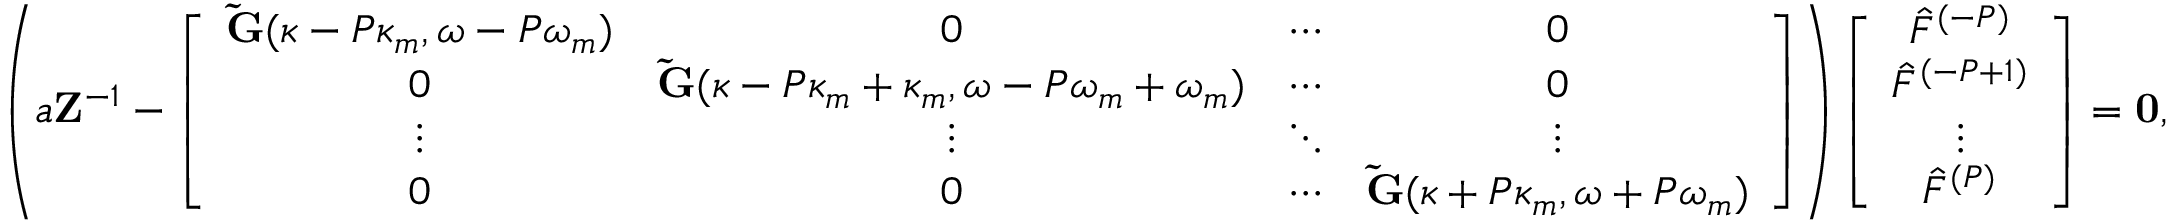
\left( a \mathbf { Z } ^ { - 1 } - \left[ \begin{array} { c c c c } { \mathbf { \tilde { G } } ( \kappa - P \kappa _ { m } , \omega - P \omega _ { m } ) } & { 0 } & { \cdots } & { 0 } \\ { 0 } & { \mathbf { \tilde { G } } ( \kappa - P \kappa _ { m } + \kappa _ { m } , \omega - P \omega _ { m } + \omega _ { m } ) } & { \cdots } & { 0 } \\ { \vdots } & { \vdots } & { \ddots } & { \vdots } \\ { 0 } & { 0 } & { \cdots } & { \mathbf { \tilde { G } } ( \kappa + P \kappa _ { m } , \omega + P \omega _ { m } ) } \end{array} \right] \right) \left[ \begin{array} { c } { \hat { F } ^ { ( - P ) } } \\ { \hat { F } ^ { ( - P + 1 ) } } \\ { \vdots } \\ { \hat { F } ^ { ( P ) } } \end{array} \right] = \mathbf { 0 } ,